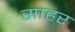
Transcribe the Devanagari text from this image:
साहर